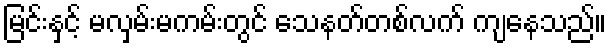
မြင်းနှင့် မလှမ်းမကမ်းတွင် သေနတ်တစ်လက် ကျနေသည်။